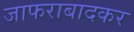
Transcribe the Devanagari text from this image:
जाफराबादकर